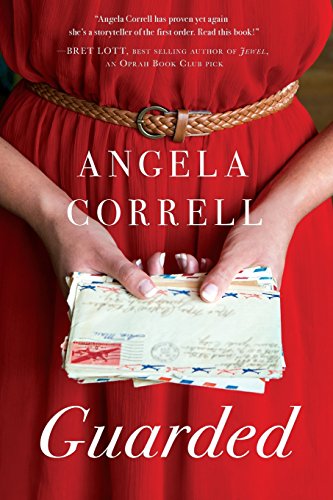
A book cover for Guarded; Angela Correll; Romance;